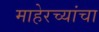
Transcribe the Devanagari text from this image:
माहेरच्यांचा